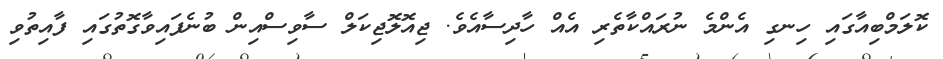
ކޮލަމްބިއާގައި ހިނގި އެންމެ ނުރައްކާތެރި އެއް ހާދިސާއެވެ. ޖިއޮލޮޖިކަލް ސާވިސްއިން ބުނެފައިވާގޮތުގައި ފާއިތުވި